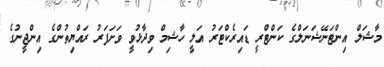
މާޝަލް އިންޓަނޭޝަނަލްގެ ކަންޓްރީ ޑައިރެކްޓަރު އަލީ ހާޝިމް ވިދާޅުވީ ވަށަފަރު ރައްޔިތުންގެ އިންޖީނުގެ